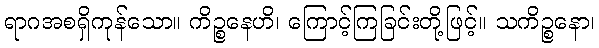
ရာဂအစရှိကုန်သော။ ကိဉ္စနေဟိ၊ ကြောင့်ကြခြင်းတို့ဖြင့်။ သကိဉ္စနော၊